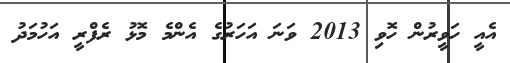
އެއީ ހަވީރުން ހޮވި 2013 ވަނަ އަހަރުގެ އެންމެ މޮޅު ރެފްރީ އަހުމަދު